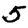
Digit: 5